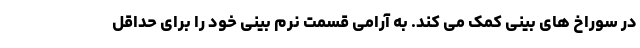
در سوراخ های بینی کمک می کند. به آرامی قسمت نرم بینی خود را برای حداقل